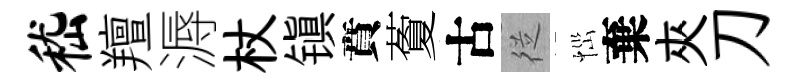
嵇羶溽杖镇賁藑古従𢙉棄夾刀